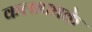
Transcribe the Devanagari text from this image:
कलापथके